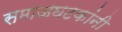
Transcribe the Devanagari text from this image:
समाजघटकांनी